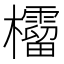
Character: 𣠚